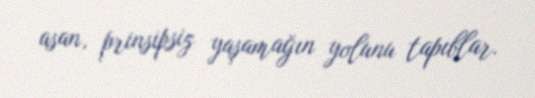
asan, prinsipsiz yaşamağın yolunu tapıblar.